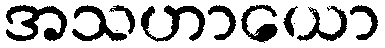
အသဟာယော